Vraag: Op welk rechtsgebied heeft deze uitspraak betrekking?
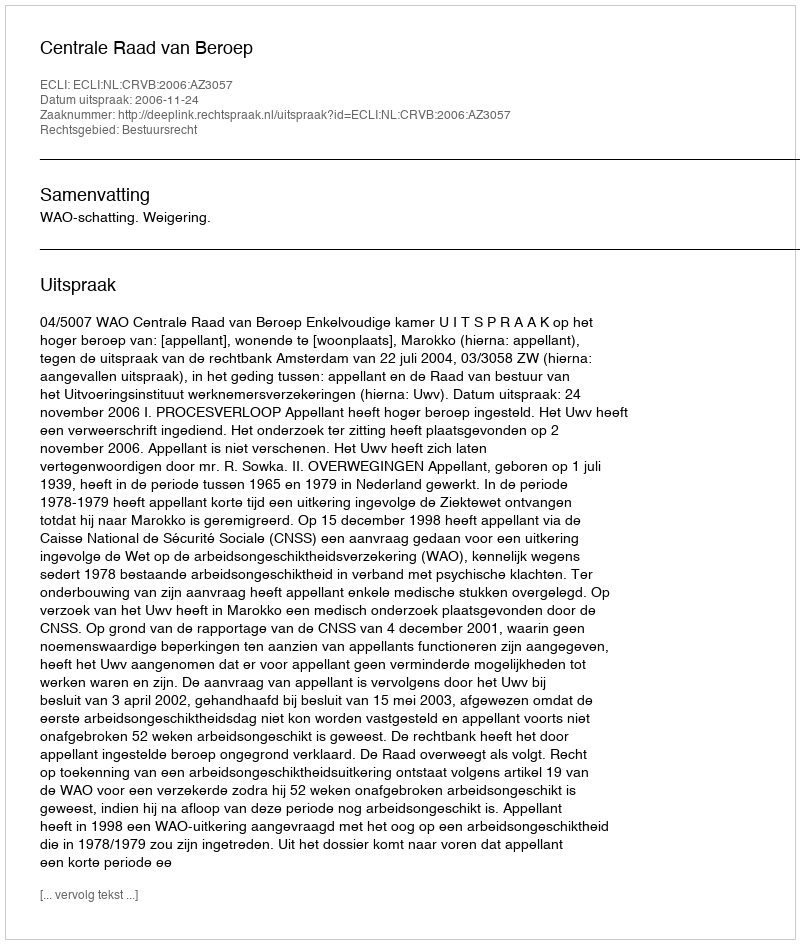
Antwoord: Bestuursrecht